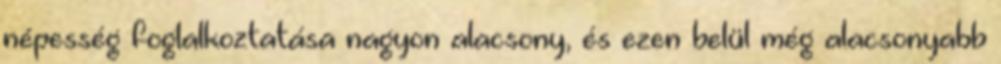
népesség foglalkoztatása nagyon alacsony, és ezen belül még alacsonyabb